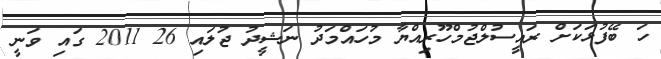
ހަ ބޭފުޅަކަށް ރައީސުލްޖުމްހޫރިއްޔާ މުހައްމަދު ނަޝީދު ޖުލައި 26 2011 ގައި ވަނީ